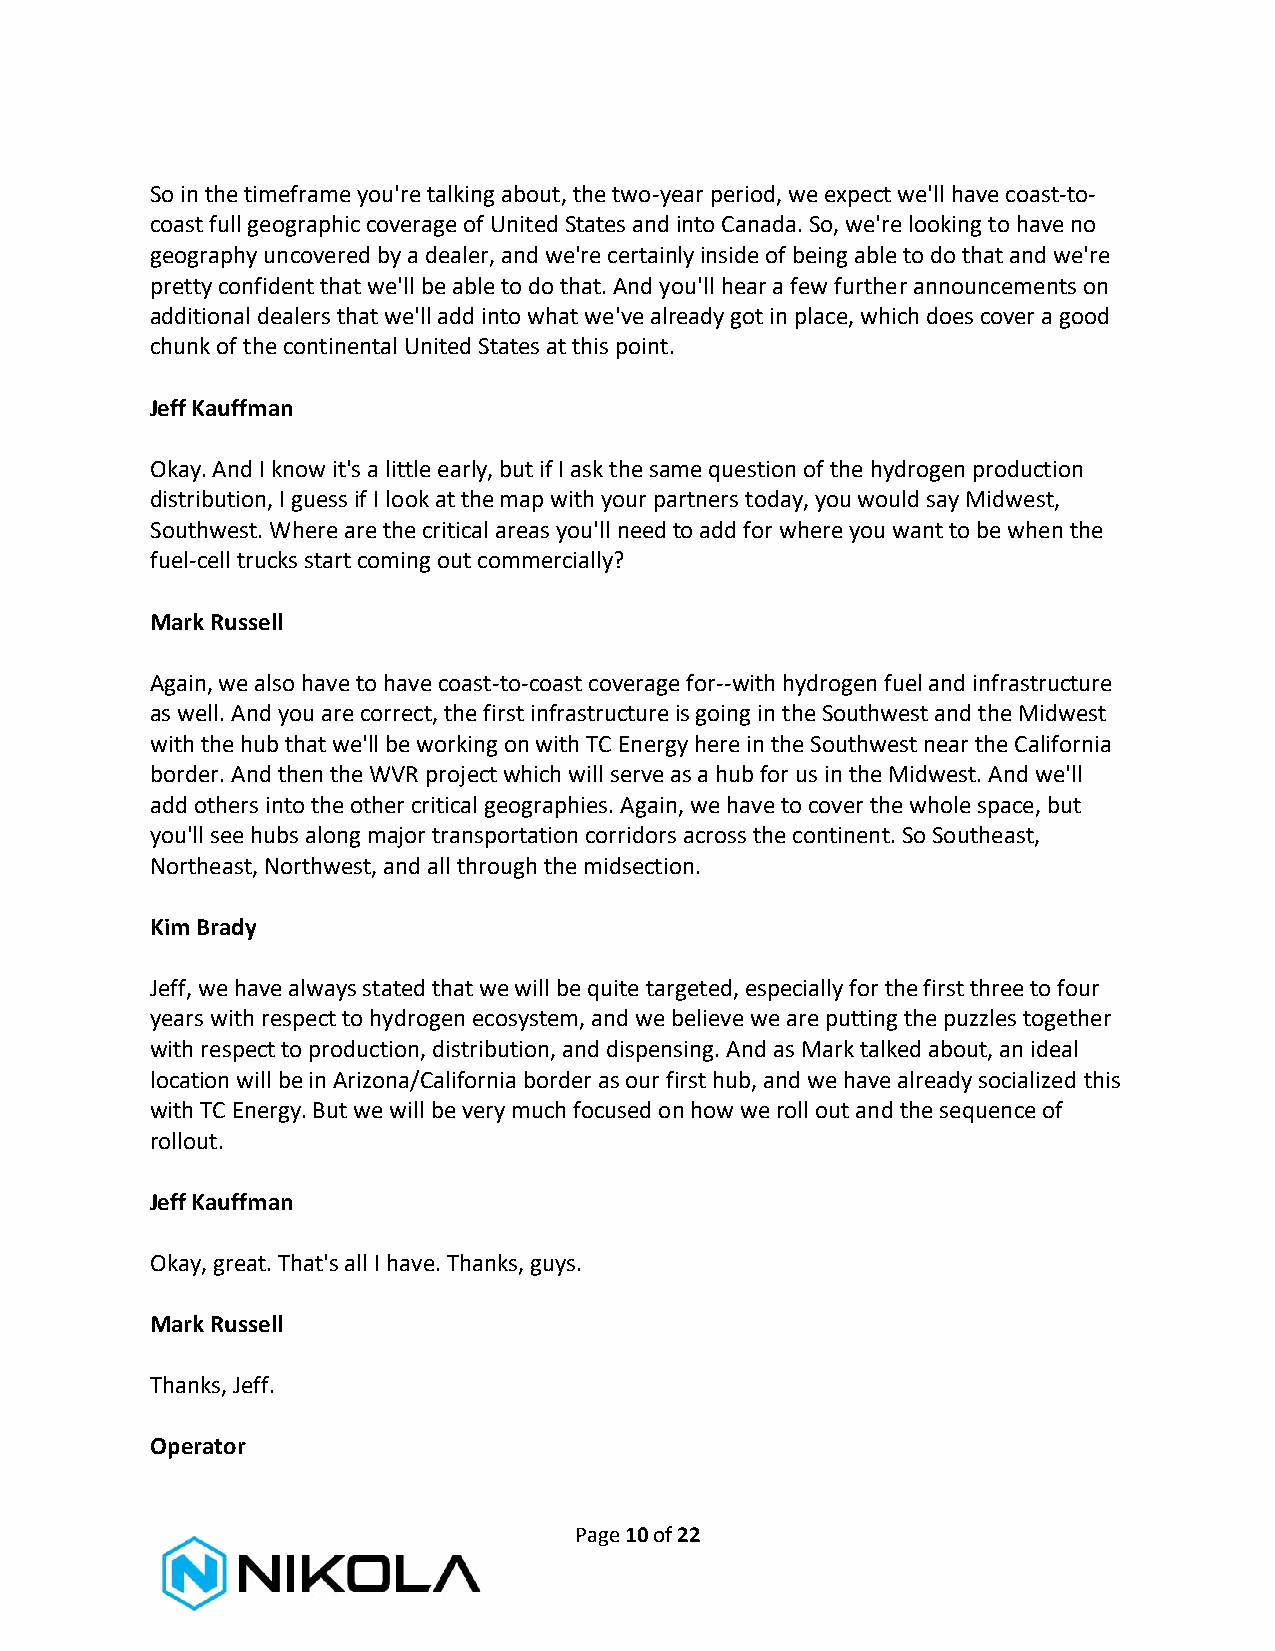
So in the timeframe you're talking about, the two-year period, we expect we'll have coast-to-
 coast full geographic coverage of United States and into Canada. So, we're looking to have no
 geography uncovered by a dealer, and we're certainly inside of being able to do that and we're
 pretty confident that we'll be able to do that. And you'll hear a few further announcements on
 additional dealers that we'll add into what we've already got in place, which does cover a good
 chunk of the continental United States at this point.
 Jeff Kauffman
 Okay. And I know it's a little early, but if I ask the same question of the hydrogen production
 distribution, I guess if I look at the map with your partners today, you would say Midwest,
 Southwest. Where are the critical areas you'll need to add for where you want to be when the
 fuel-cell trucks start coming out commercially?
 Mark Russell
 Again, we also have to have coast-to-coast coverage for--with hydrogen fuel and infrastructure
 as well. And you are correct, the first infrastructure is going in the Southwest and the Midwest
 with the hub that we'll be working on with TC Energy here in the Southwest near the California
 border. And then the WVR project which will serve as a hub for us in the Midwest. And we'll
 add others into the other critical geographies. Again, we have to cover the whole space, but
 you'll see hubs along major transportation corridors across the continent. So Southeast,
 Northeast, Northwest, and all through the midsection.
 Kim Brady
 Jeff, we have always stated that we will be quite targeted, especially for the first three to four
 years with respect to hydrogen ecosystem, and we believe we are putting the puzzles together
 with respect to production, distribution, and dispensing. And as Mark talked about, an ideal
 location will be in Arizona/California border as our first hub, and we have already socialized this
 with TC Energy. But we will be very much focused on how we roll out and the sequence of
 rollout.
 Jeff Kauffman
 Okay, great. That's all I have. Thanks, guys.
 Mark Russell
 Thanks, Jeff.
 Operator
 Page 10 of 22